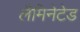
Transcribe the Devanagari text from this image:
लैमिनेटेड